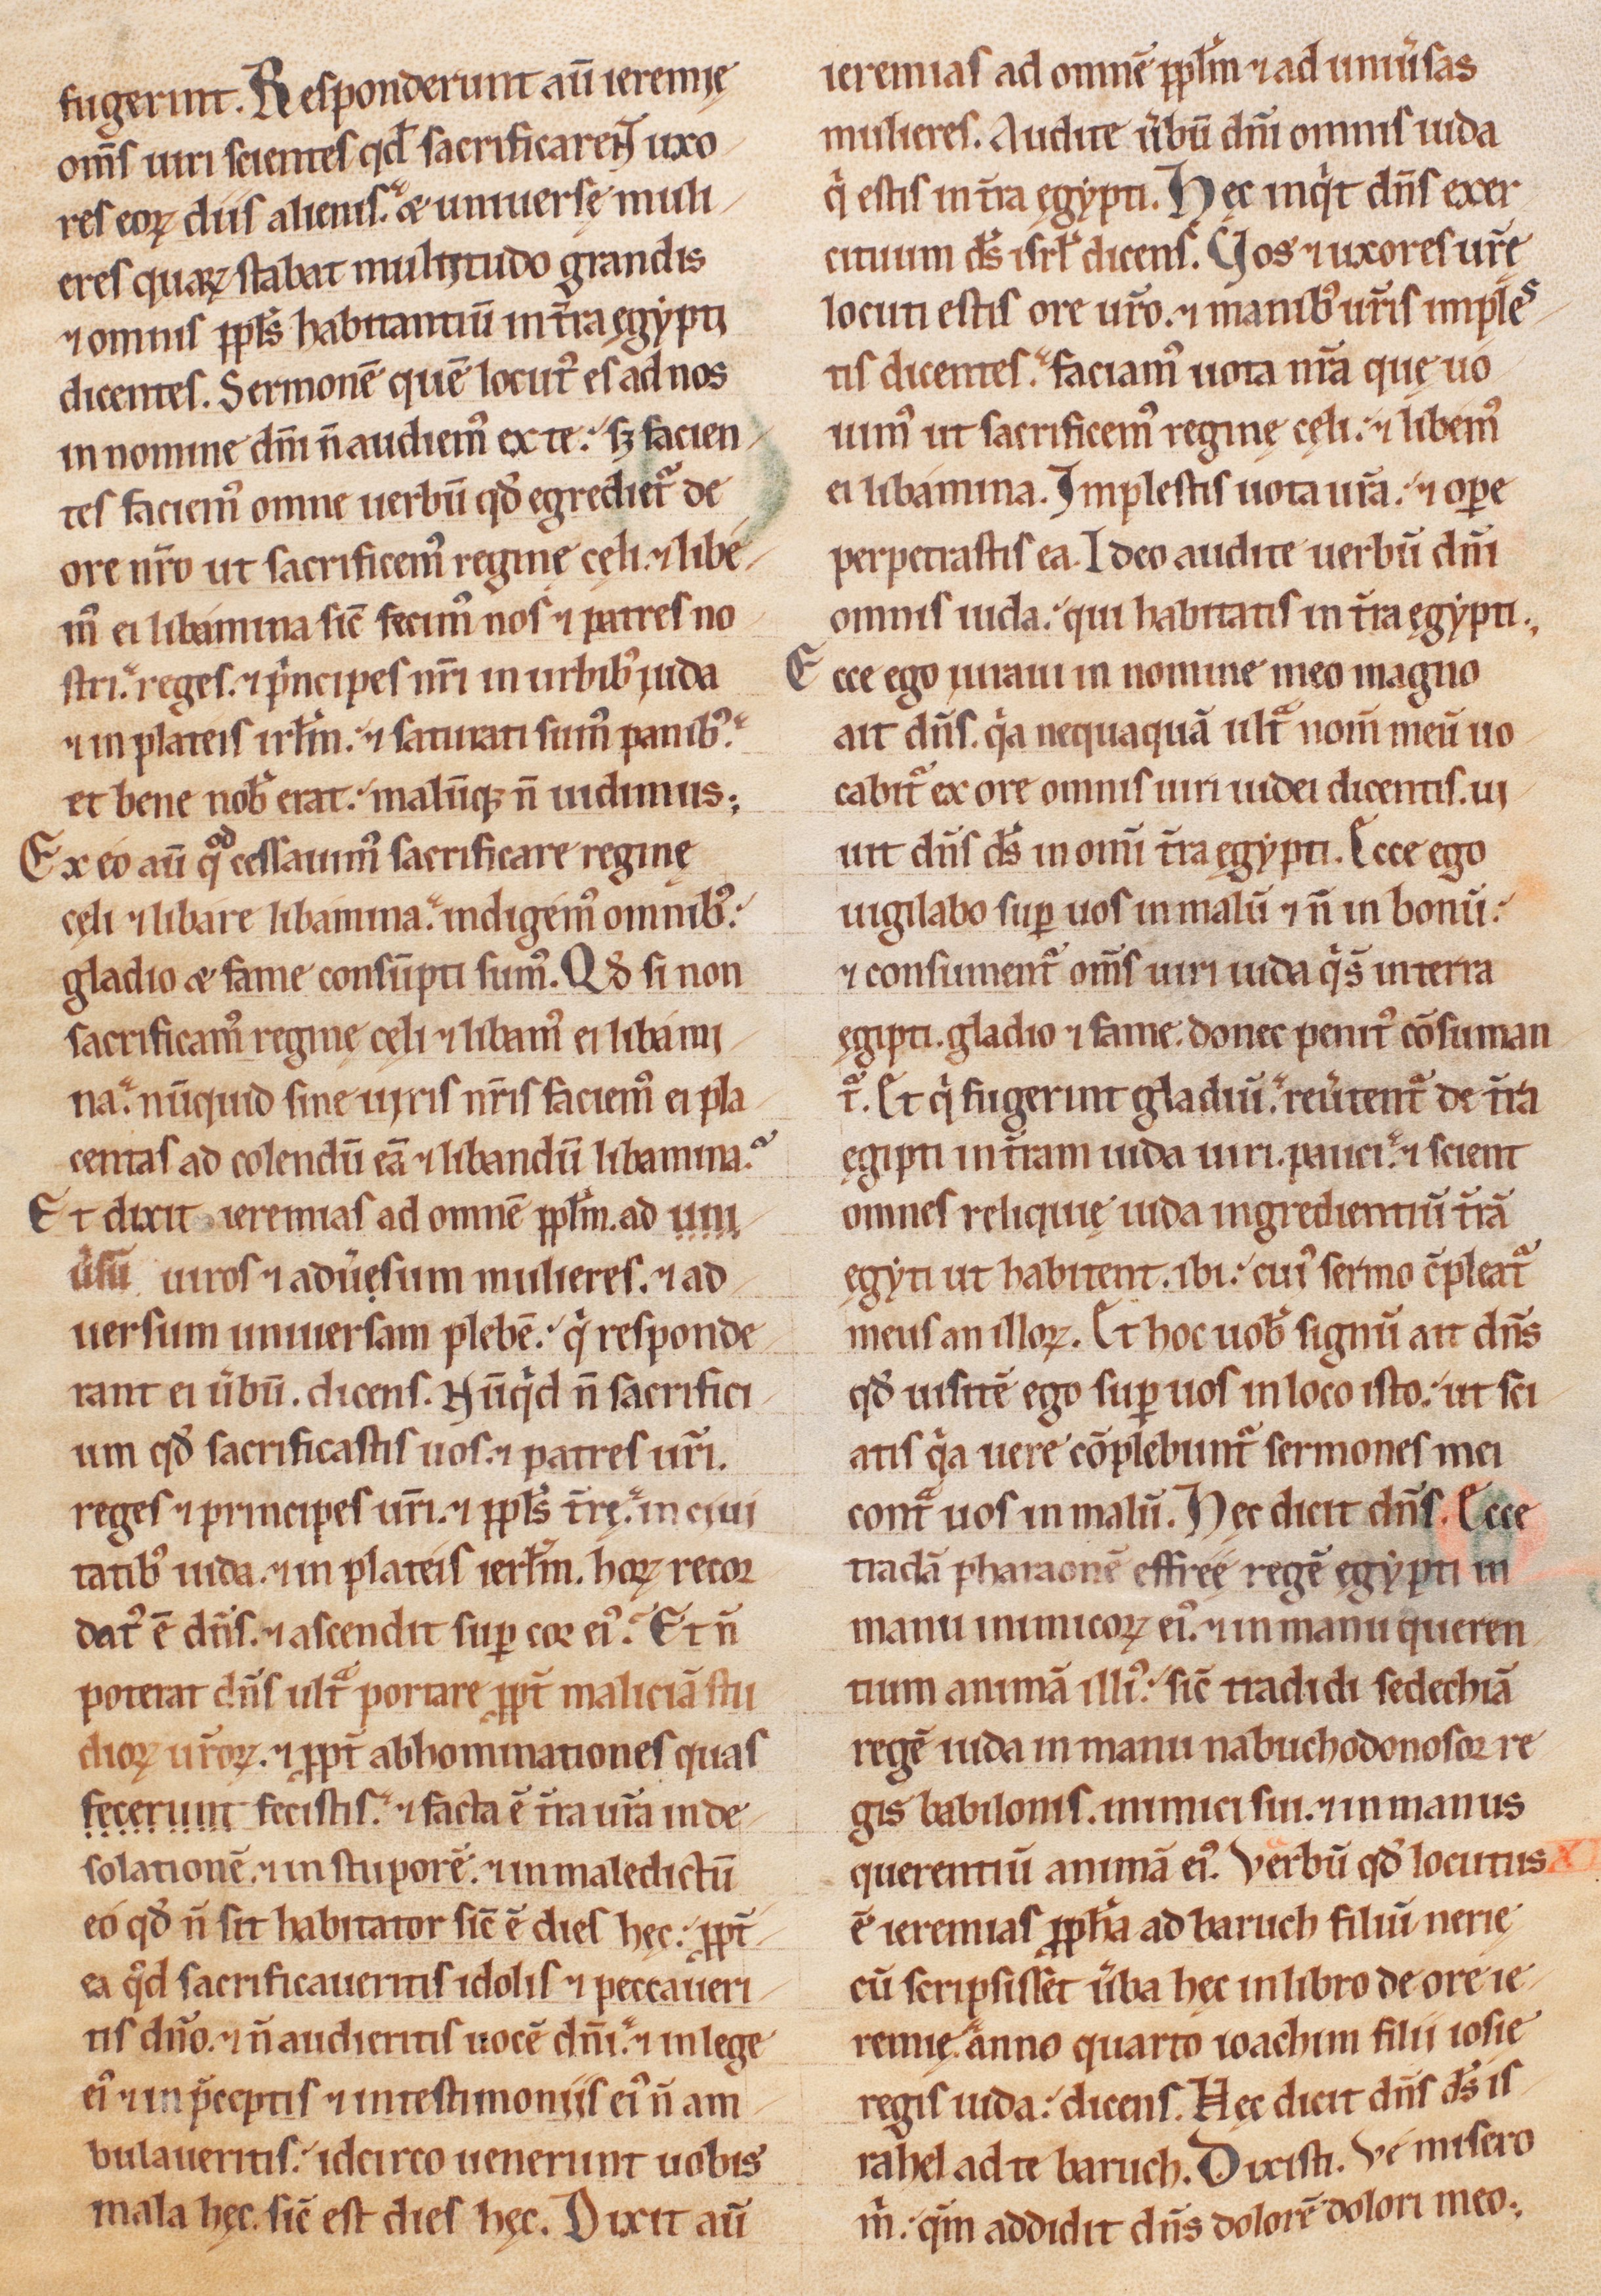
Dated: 1200–1249